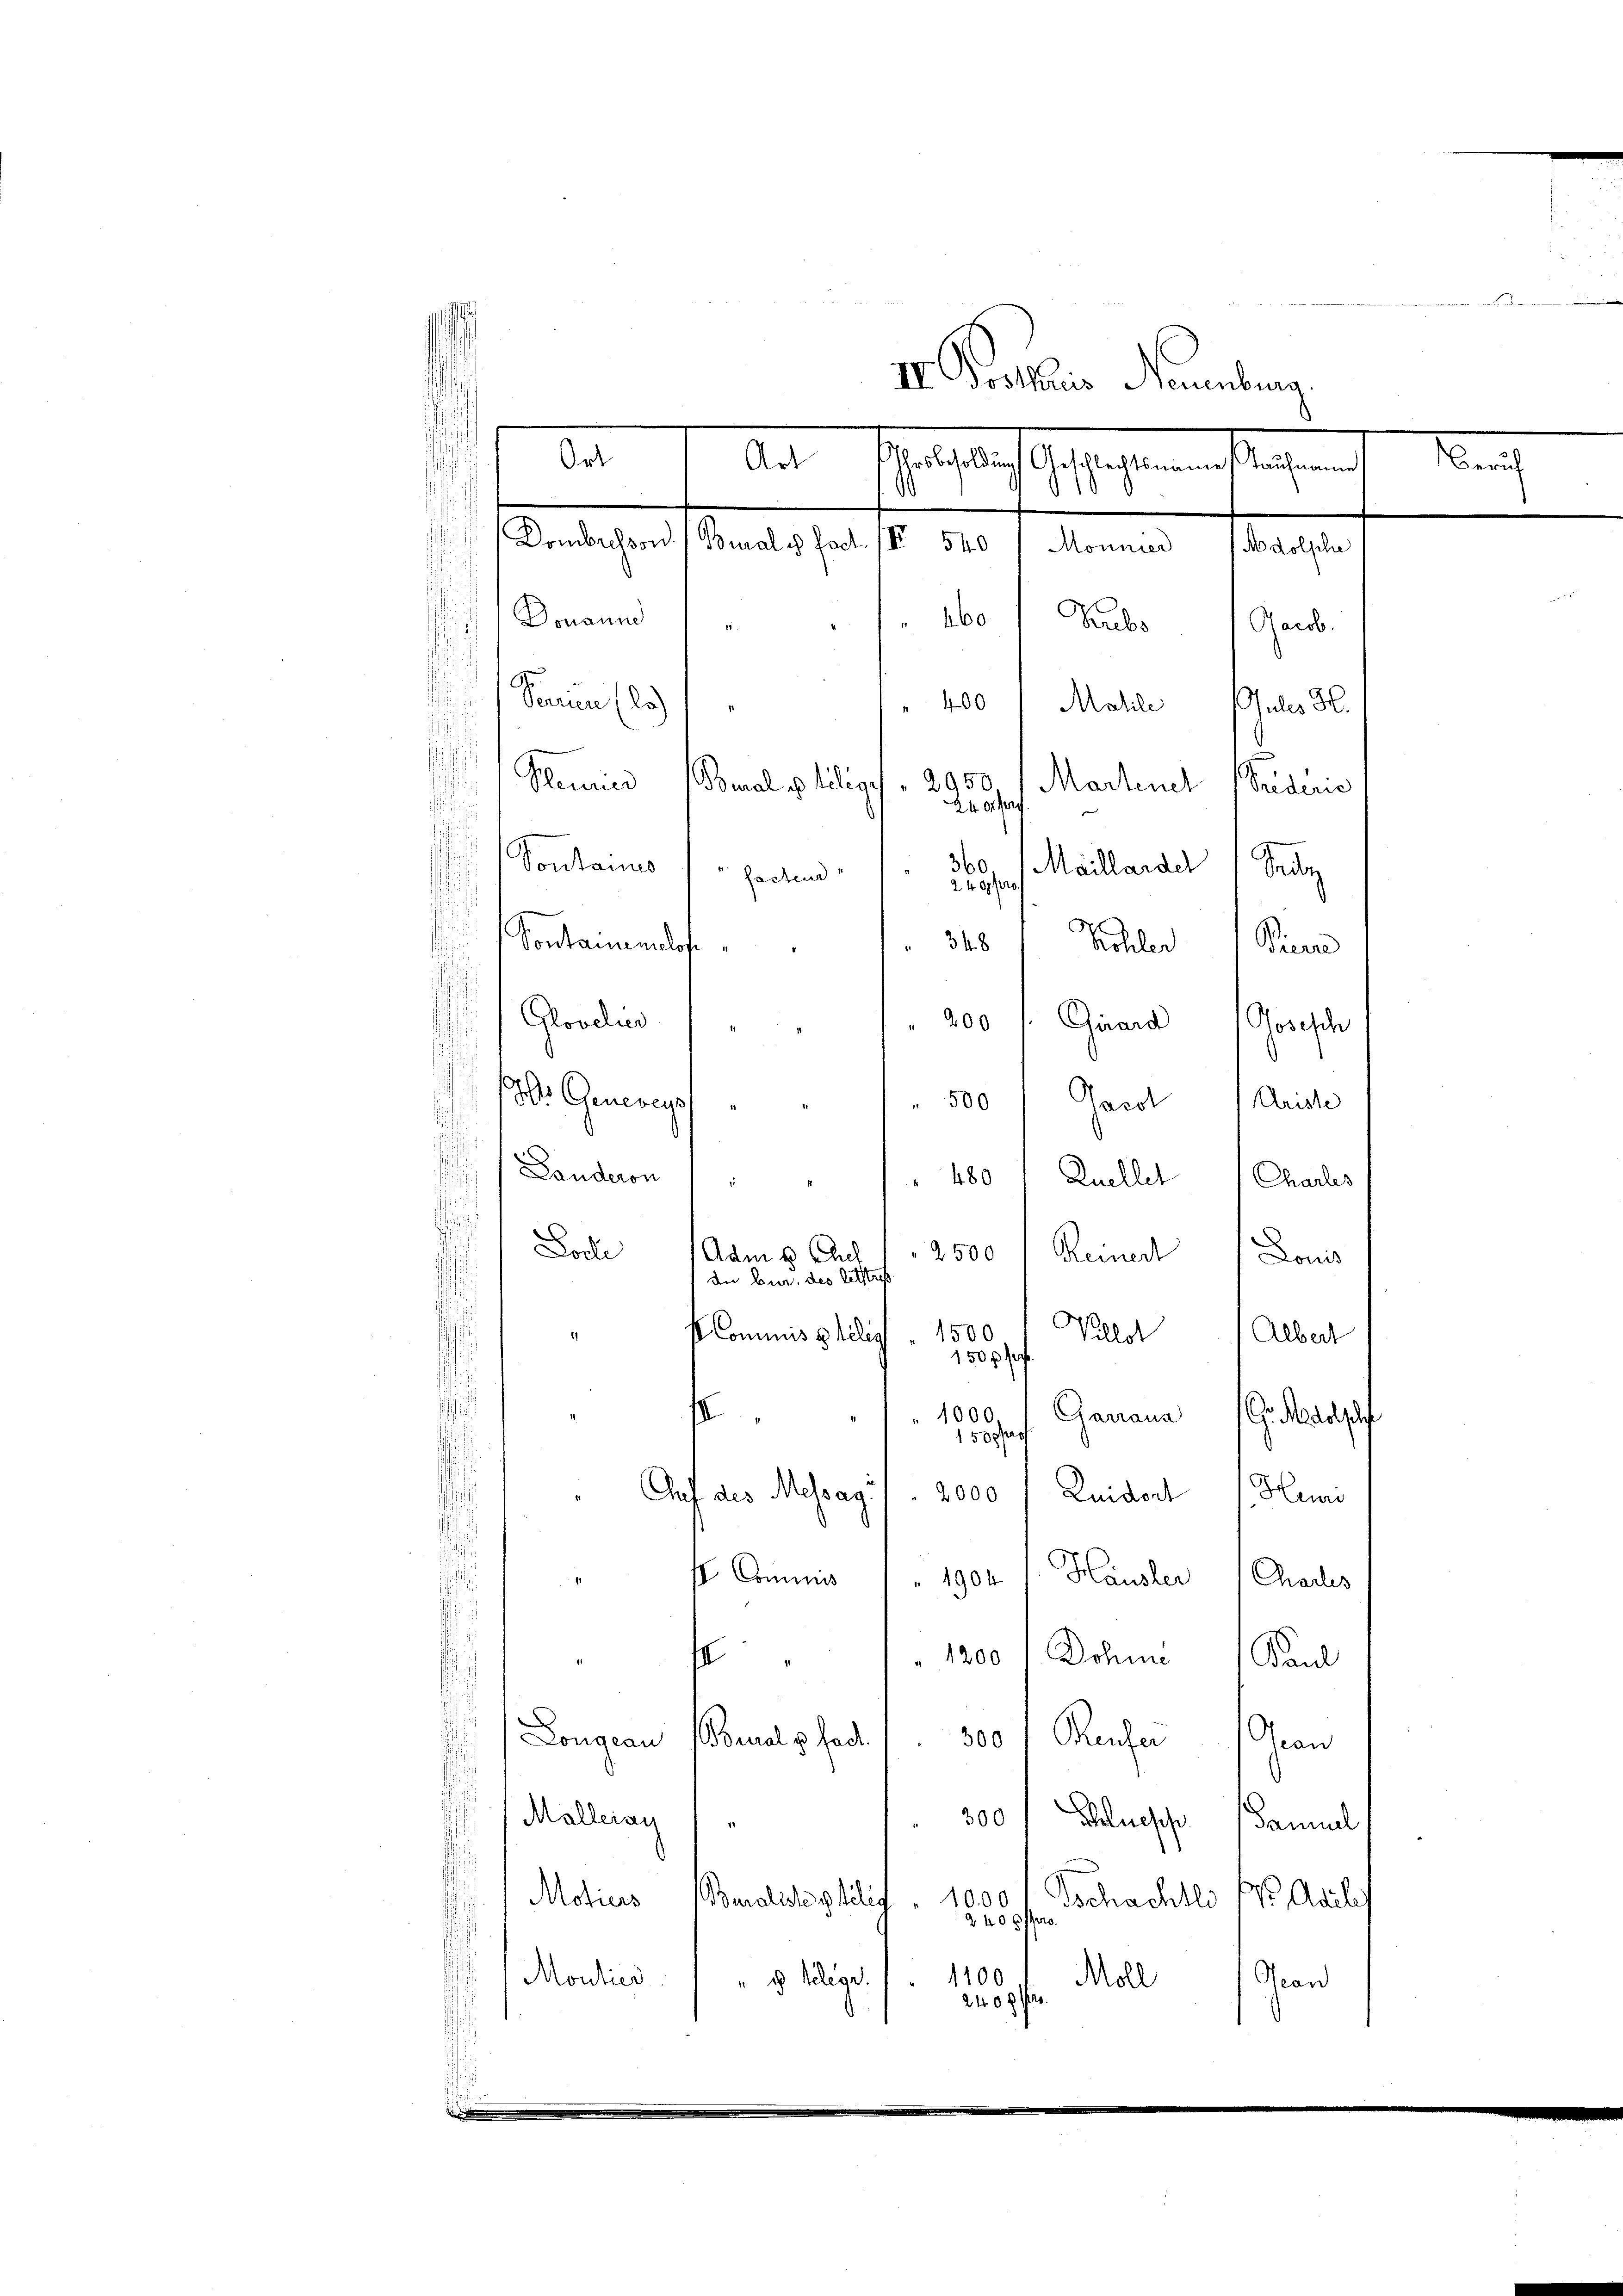
x
.
weil einen
II Protaris Neuenburg,
.
¬
Art
Nach
Malsbach Gestalten entstehend
d
)
Buale fact. IV 540 / Monnier (Adolphe
d
Donaund
60 Graubes Jacob.
¬
u
s
Panien (la
400 " Matile Julis H.
s
Henies
.
2950,
bmal p filig
Martnel (Seder
24 order
¬
360
Sontanis herren Herzeich Maillande Seuz
s
348 Schlerien
Sontanenlose
Gloveller
200 f: Girard Gosisch

Ort
Dombachsond.

s

¬
W. Generey
500 Gard Auste
i
1
Landeron
 480 Queller Charles
2
Locte
2500
Reiner Louis
Adm 6. Auch
die bur. des letztrech
1500
Vellet Albert
b. Commis politig
1
150 f
1000.
f
Ganana . Mass
150 Fr.
Auf des Messag. 1. 2000 / Luidor 1 Huni
s Commis 1 1904 s. Häusler Charles
s
1200 1 Dohne Paul
e
Longeau
Bonal u. fact
300. Reufer Gran
Malleiau
" 300 Schluesse (Samuel
1000
Tschachtlo 1. Adil
Motiers
Buraliste philig
2400 ff
.
1100
Moutier
Moll
" u Gelege.
ean
240 g pr